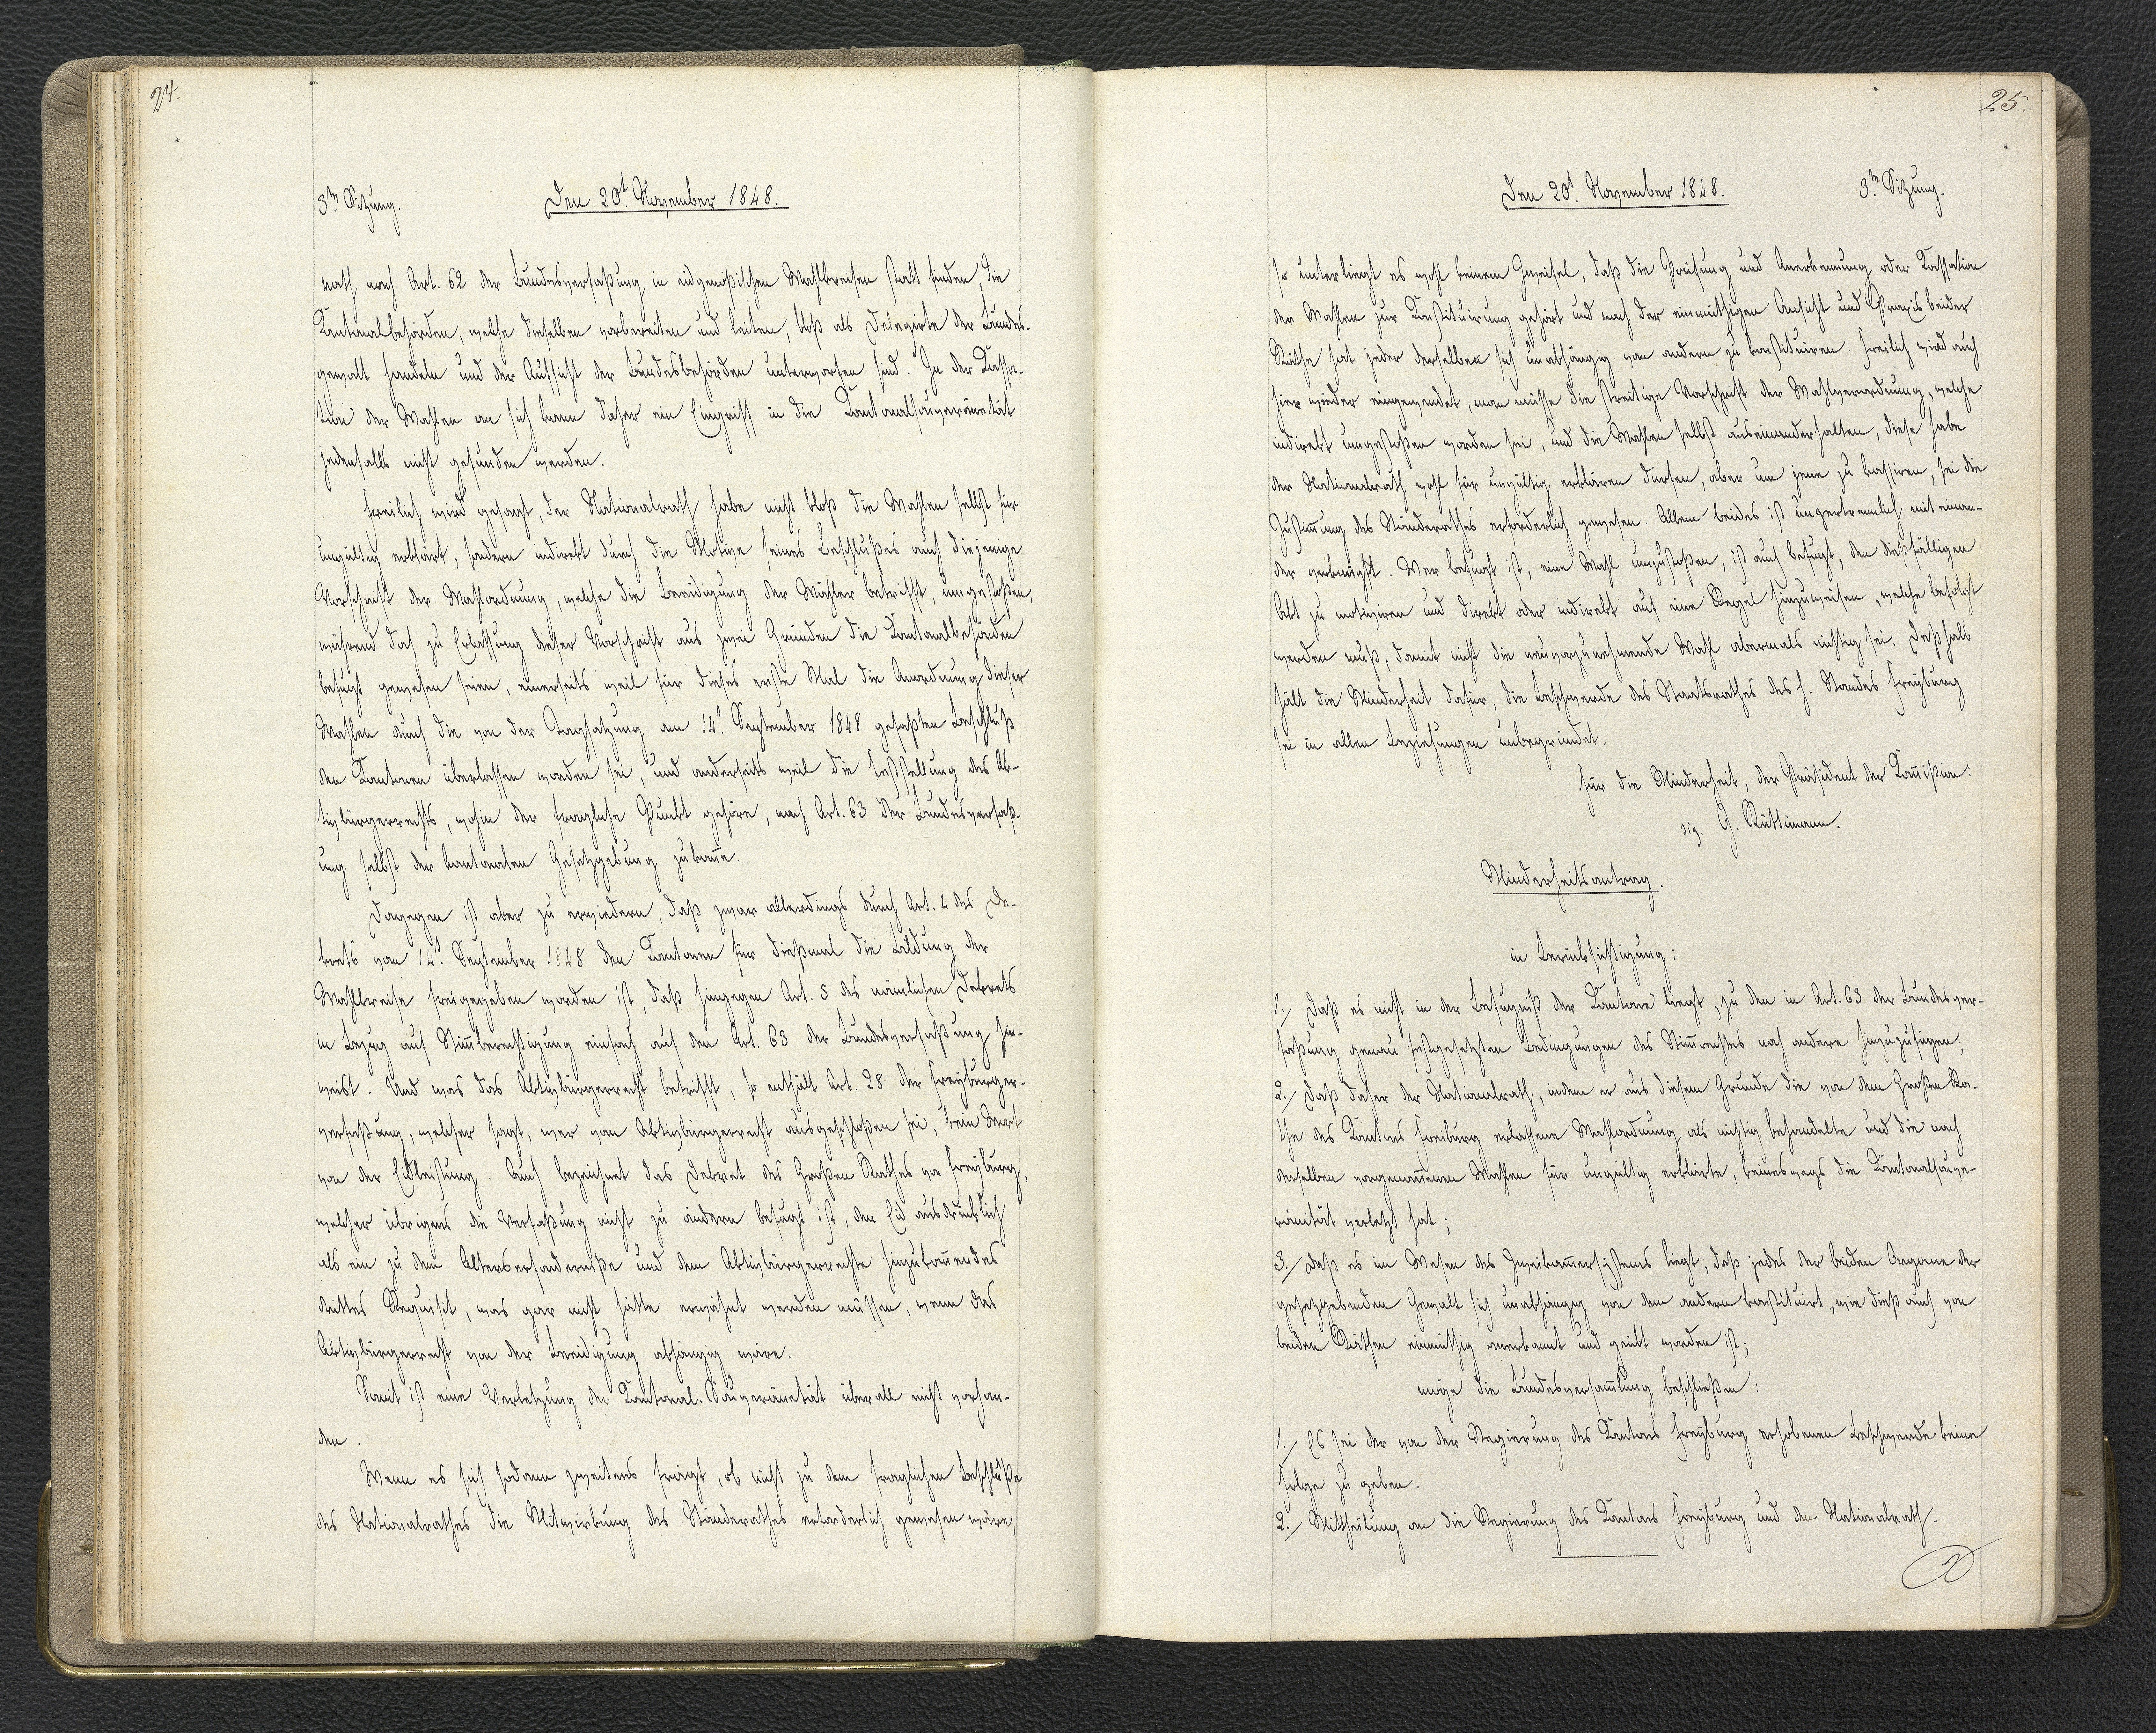
24.

3.te Sitzung.
Den 20.t November 1848.

rath nach Art. 62 der Bundesverfaßung in eidgenößischen Wahlkreisen statt finden, die
Kantonalbehörden, welche dieselben vorbereiten und leiten, bloß als Delegirte der Bundes¬
gewalt handeln und der Aufsicht der Bundesbehörden unterworfen sind. In der Kassa¬
tion der Wahlen an sich kann daher ein Eingriff in die Kantonalsouveränetät
jedenfalls nicht gefunden werden.
Freilich wird gesagt, der Nationalrath habe nicht bloß die Wahlen selbst für
ungültig erklärt, sondern indirekt durch die Motive seines Beschlußes auch diejenige
Vorschrift der Wahlbeordnung, welche die Beeidigung der Wähler betrifft, umgestoßen,
während doch zu Erlassung dieser Vorschrift aus zwei Gründen die Kantonalbehörden
befugt gewesen seien, einerseits weil für dieses erste Mal die Anordnung dieser
Wahlen auch die von der Tagsatzung am 14.t September 1848 gefaßten Beschluß
den Kantonen überlassen worden sei, und anderseits weil die Beststellung des Ak¬
tivbürgerrechts, wohin der fragliche Punkt gehöre, nach Art. 63 der Bundesverfaß¬
ung selbst der kantonalen Gesetzgebung zukomme.
Dagegen ist aber zu erwiedern, daß zwar allerdings durch Art. 4 des De¬
krets vom 14.t September 1848 den Kantonen für dießmal die Bildung der
Wahlkreise freigegeben worden ist, daß hingegen Art. 5 des nämlichen Dekrets
in Bezug auf Stimmberechtigung einfach auf den Art. 63 der Bundesverfaßung hin¬
weist. Und was das Aktivbürgerrecht betrifft, so enthält Art. 28 der Freyburger¬
verfaßung, welcher sagt, wer vom Aktivbürgerrecht ausgeschloßen sei, kein Wort
von der Eidleistung. Auch bezeichnet das Dekret des Großen Rathes von Freyburg,
welcher übrigens die Verfaßung nicht zu ändern befugt ist, den Eid ausdrücklich
als ein zu dem Alterserforderniße und dem Aktivbürgerrechte hinzukommendes
drittes Requisit, was gar nicht hätte erwähnt werden müssen, wenn das
Aktivbürgerrecht von der Beeidigung abhängig wäre.
Somit ist eine Verletzung der Kantonal-Souveränetät überall nicht vorhan¬
den.
Wenn es sich sodann zweitens frägt, ob nicht zu dem fraglichen Beschluße
des Nationalrathes die Mitwirkung des Ständerathes erforderlich gewesen wäre,

25.

Den 20.t November 1848.
3.te Sitzung.

so unterliegt es wohl keinem Zweifel, daß die Prüfung und Anerkennung oder Kassation
der Wahlen zur Konstituirung gehört und nach der einmüthigen Ansicht und Praxis beider
Räthe hat jeder derselben sich unabhängig von andern zu konstituiren. Freilich wird auch
hier wieder eingewendet, man müsse die streitige Vorschrift der Wahlverordnung, welche
indirekt umgestoßen worden sei, und die Wahlen selbst auseinanderhalten, diese habe
der Nationalrath wohl für ungültig erklären dürfen, aber um jene zu kassiren, sei die
Zustimmung des Ständerathes erforderlich gewesen. Allein beides ist unzertrennlich mit einan¬
der verknüpft. Wer befugt ist, eine Wahl umzustoßen, ist auch befugt, den dießfälligen
Akt zu motiviren und direkt oder indirekt auf eine Regel hinzuweisen, welche befolgt
werden muß, damit nicht die neuvorzunehmende Wahl abermals nichtig sei. Deßhalb
hält die Minderheit dafür, die Beschwerde des Staatsrathes des h. Standes Freyburg
sei in allen Beziehungen unbegründet.
Für die Minderheit, der Präsident der Kommißion:
sig. G. Rüttimann
Minderheitsantrag.
in Berücksichtigung:
1. Daß es nicht in der Befugniß der Kantone liegt, zu den in Art. 63 der Bundesver¬
faßung genau festgesetzten Bedingungen des Stimmrechts noch andere hinzuzufügen;
2. Daß daher der Nationalrath, indem er aus diesem Grunde die von dem Großen Ra¬
the des Kantons Freyburg erlassene Wahlordnung als nichtig behandelte und die nach
derselben vorgenommenen Wahlen für ungültig erklärte, keineswegs die Kantonalsouve¬
ränität verletzt hat;
3. Daß es im Wesen des xxx liegt, daß jedes der beiden Organe der
gesetzgebenden Gewalt sich unabhängig von den andern konstituirt, wie dieß auch von
beiden Räthen einmüthig anerkannt und xxx worden ist;
möge die Bundesversammlung beschließen:
1. Es sei der von der Regierung des Kantons Freyburg erhobenen Beschwerde keine
Folge zu geben.
2. Mittheilung an die Regierung des Kantons Freyburg und den Nationalrath.